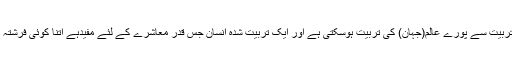
اس کی وجہ یہ ہے کہ انسان کی تربیّت سے پورے عالم(جہان) کی تربّیت ہوسکتی ہے اور ایک تربیّت شدہ انسان جس قدر معاشرے کے لئے مفیدہے اتنا کوئی فرشتہ یا کوئی اور مخلوق مفید نہیں ہے۔